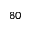
8 0